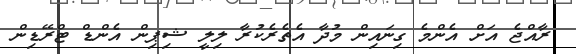
ރާއްޖެ އަށް އެންމެ ގިނައިން މުދާ އެތެރެކުރާ ލިލީ ޝިޕިން އެންޑް ޓްރޭޑިން